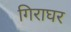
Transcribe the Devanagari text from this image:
गिराघर